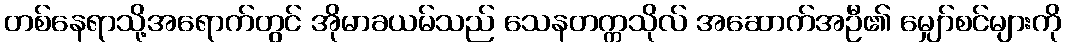
တစ်နေရာသို့အရောက်တွင် အိုမာခယမ်သည် သေနတက္ကသိုလ် အဆောက်အဦ၏ မျှော်စင်များကို